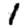
Digit: 1